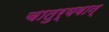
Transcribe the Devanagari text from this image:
चातुर्यवान्